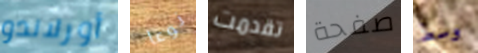
أورلاندو نوعا تقدمت صفحة وسط